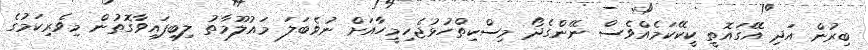
ބިރުން އަދި އޭގައޮތީ ކީކޭކަމެއްވެސް ނޭންގެދޯ މިސްކިތްހުޅުޖެހިމީހާއަށް ނުވެބަލަ މައުލޫމާތު ލިބިފައިވާގޮތުން މިވެރިކަމުގެ